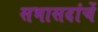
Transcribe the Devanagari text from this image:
सभासदांचें